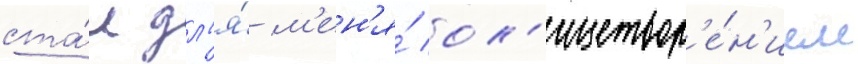
ста́л дл'я́ м'ен'я́ ол'ицетвор'е́н'ием